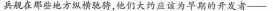
兵舰在那些地方纵横驰骋，他们大的应该为早期的开发者——